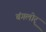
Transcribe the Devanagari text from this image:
बंगलोर्